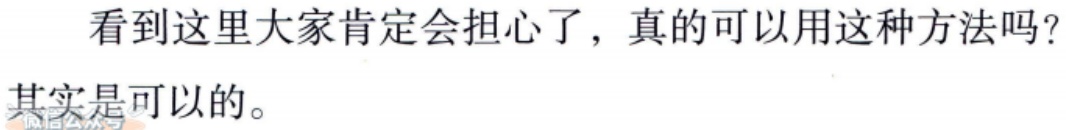
看到这里大家肯定会担心了，真的可以用这种方法吗？
其实是可以的。